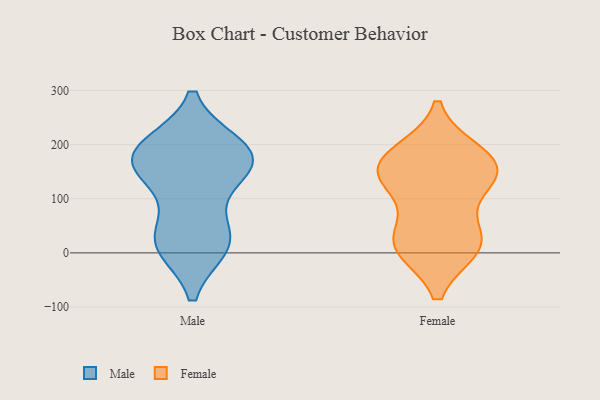
{"axis": {"x": "Customer Acquisition Cost (USD)", "y": "Value"}, "legend": ["Female", "Male"], "data": [{"x": "", "y": 178, "type": "Male"}, {"x": "", "y": 182, "type": "Male"}, {"x": "", "y": 196, "type": "Male"}, {"x": "", "y": 163, "type": "Male"}, {"x": "", "y": 145, "type": "Male"}, {"x": "", "y": 17, "type": "Male"}, {"x": "", "y": 195, "type": "Male"}, {"x": "", "y": 149, "type": "Male"}, {"x": "", "y": 14, "type": "Male"}, {"x": "", "y": 23, "type": "Male"}, {"x": "", "y": 36, "type": "Male"}, {"x": "", "y": 149, "type": "Female"}, {"x": "", "y": 183, "type": "Female"}, {"x": "", "y": 11, "type": "Female"}, {"x": "", "y": 138, "type": "Female"}, {"x": "", "y": 173, "type": "Female"}, {"x": "", "y": 158, "type": "Female"}, {"x": "", "y": 15, "type": "Female"}, {"x": "", "y": 17, "type": "Female"}, {"x": "", "y": 30, "type": "Female"}, {"x": "", "y": 128, "type": "Female"}]}